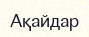
Ақайдар